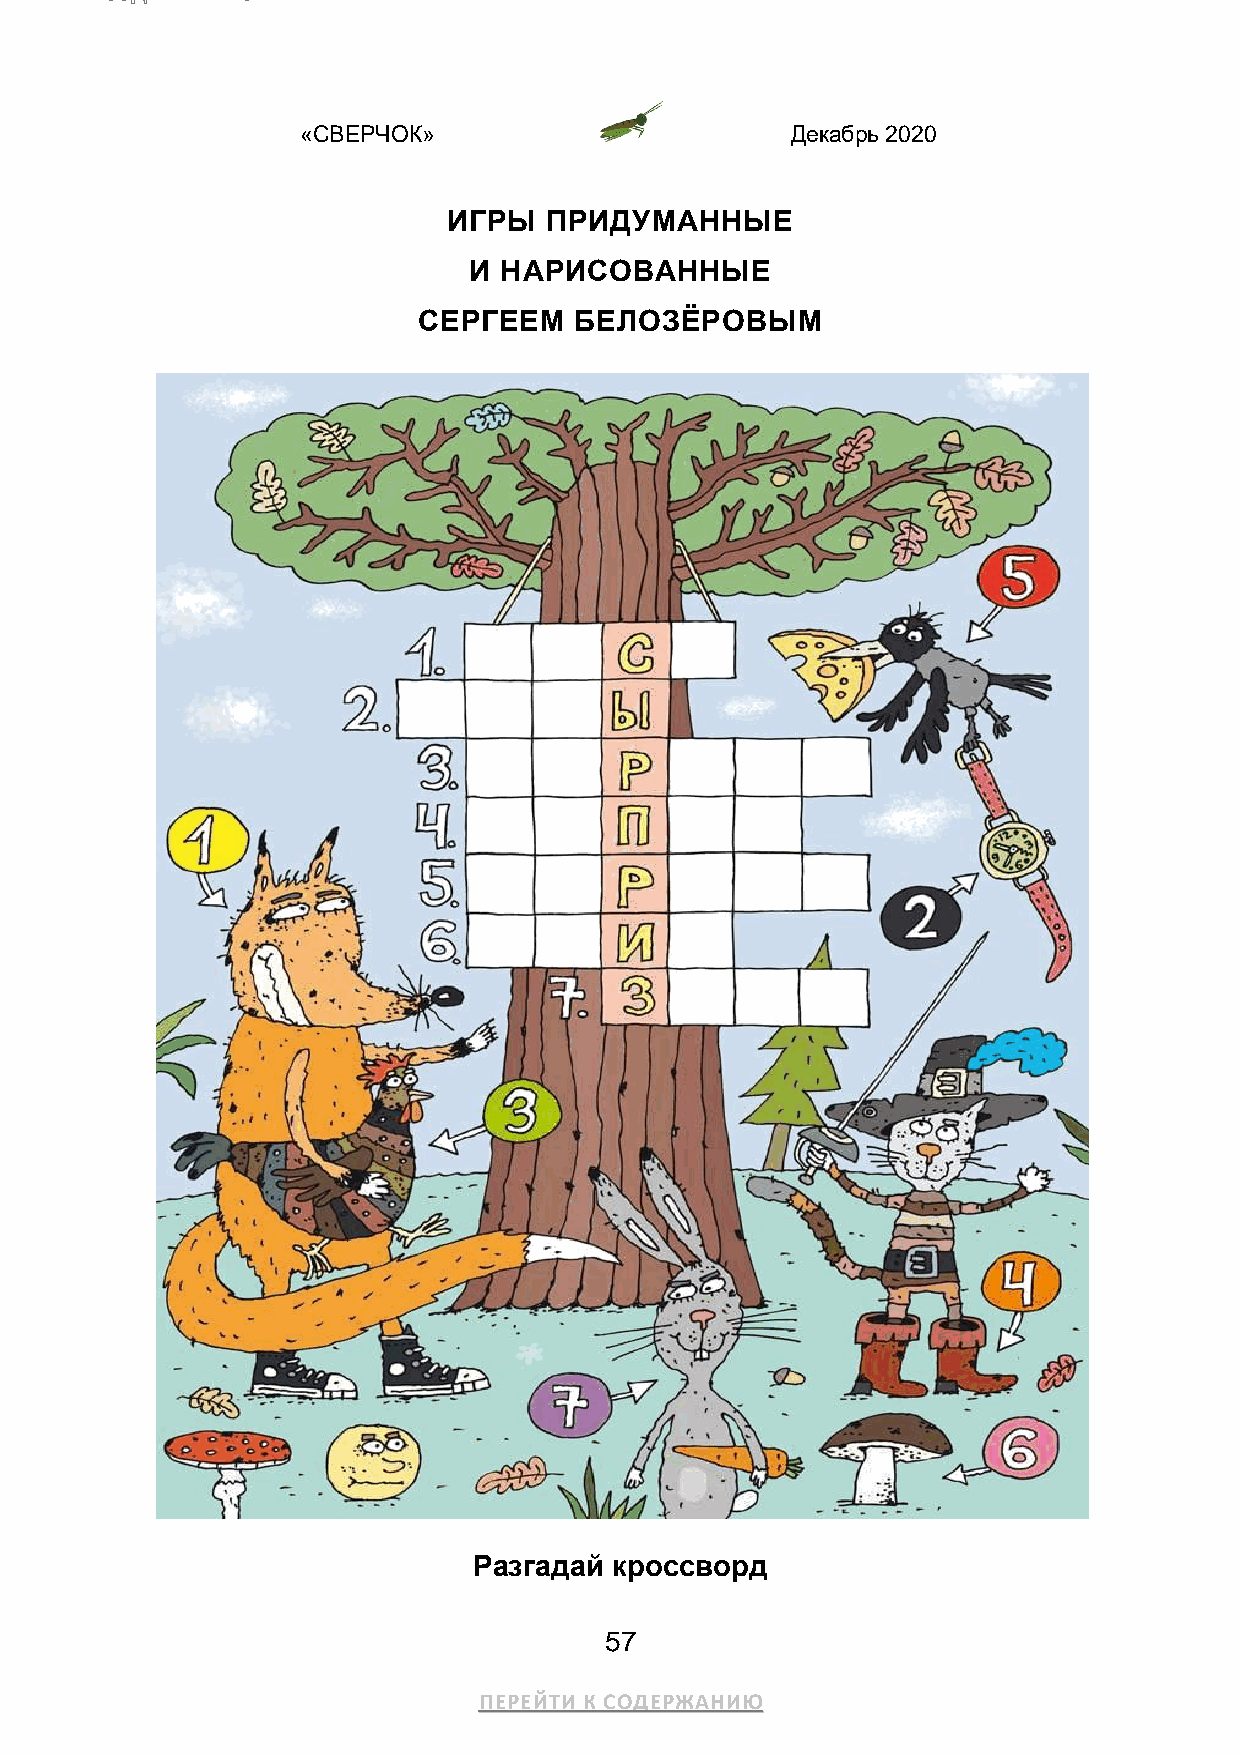
«СВЕРЧОК»                       Декабрь 2020
 ИГРЫ  ПРИДУМАННЫЕ
 И НАРИСОВАННЫЕ
 СЕРГЕЕМ   БЕЛОЗЁРОВЫМ
 Разгадай  кроссворд
 57
 ПЕРЕЙТИ К СОДЕРЖАНИЮ